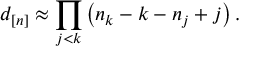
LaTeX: d _ { [ n ] } \approx \prod _ { j < k } \left( n _ { k } - k - n _ { j } + j \right) .